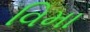
વિમા